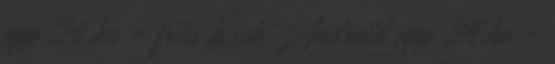
app 24.hu - friss hírek Android app 24.hu -